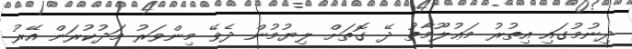
ދިނުމުގައި އިތުރު މަޢުލޫމާތު ދޭ ގޮތަށް ލިޔުމުން ދެވޭ މިންވަރު މަދުކުރަން އޭރު